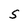
Character: S